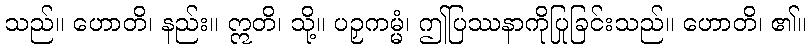
သည်။ ဟောတိ၊ နည်း။ ဣတိ၊ သို့။ ပဉှကမ္မံ၊ ဤပြဿနာကိုပြုခြင်းသည်။ ဟောတိ၊ ၏။